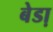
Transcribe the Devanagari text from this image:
बेडा़